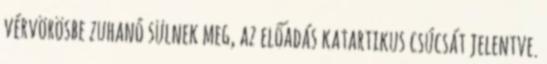
vérvörösbe zuhanó sülnek meg, az előadás katartikus csúcsát jelentve.